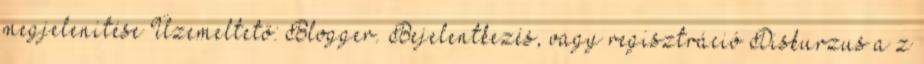
megjelenítése Üzemeltető: Blogger. Bejelentkezés, vagy regisztráció Diskurzus a z